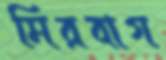
মিরবাগ